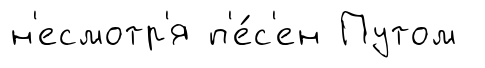
н'есмотр'я п'е́с'ен Путом